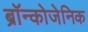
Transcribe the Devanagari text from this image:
ब्रॉन्कोजेनिक